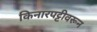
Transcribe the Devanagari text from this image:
किनारपट्टीवरून